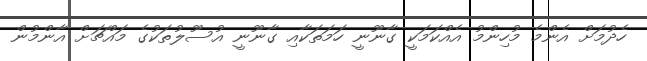
ހެދުމަށް އެންމެ މުހިންމު އެއްކަމަކީ ގާނޫނީ ހަމަތަކާއި ގާނޫނީ އުސޫލުތަކުގެ މައްޗަށް އާންމުން